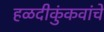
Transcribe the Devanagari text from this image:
हळदीकुंकवांचे